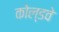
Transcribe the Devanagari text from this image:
कोल्डवे